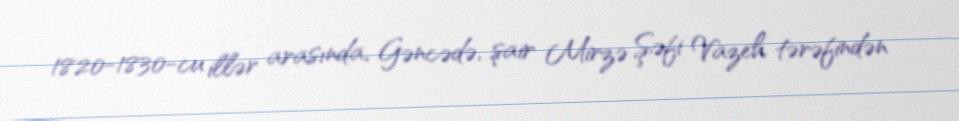
1820-1830-cu illər arasında, Gəncədə, şair Mirzə Şəfi Vazeh tərəfindən